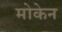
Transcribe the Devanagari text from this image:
मोकेन